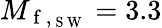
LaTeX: M_{\mathrm{~f~},_{\mathrm{~S~W~}}}=3.3